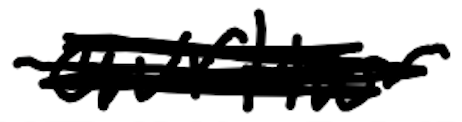
Text: Arthur
Cross-out: scratch
Writing tool: digital_black